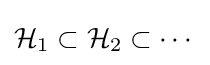
{\mathcal {H}}_{1}\subset {\mathcal {H}}_{2}\subset \dotsb